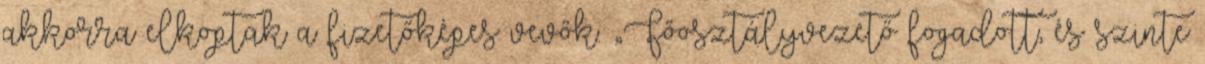
akkorra elkoptak a fizetőképes vevők. „Főosztályvezető fogadott, és szinte